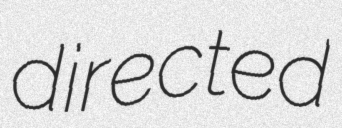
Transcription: directed